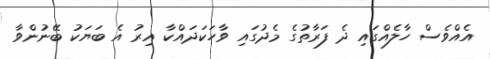
އެއްވެސް ހާލެއްގައި ދެ ފަރާތުގެ މެދުގައި ވާހަކަދައްކާ އިރު އެ ބަޔަކު ބޭނުންވާ